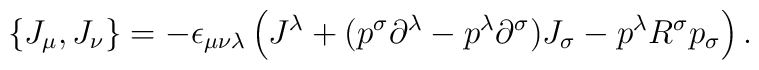
\{J_{\mu},J_{\nu}\}=-\epsilon_{\mu\nu\lambda}\left(J^{\lambda}+(p^{\sigma}\partial^{\lambda}-p^{\lambda}\partial^{\sigma})J_{\sigma}-p^{\lambda}R^{\sigma}p_{\sigma}\right).